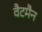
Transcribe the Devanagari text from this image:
वैटमैन